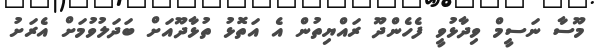
މޫސާ ނަސީމް ވިދާޅުވީ ފެހެންދޫ ރައްޔިތުން އެ އަތޮޅު ތުޅާދޫއަށް ބަދަލުވުމަށް އެރަށު